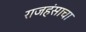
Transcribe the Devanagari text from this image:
राजहंसाचा